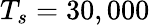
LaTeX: T_{s}=30,000